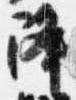
降